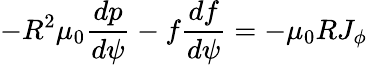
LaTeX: -R^{2}\mu_{0}\frac{dp}{d\psi}-f\frac{df}{d\psi}=-\mu_{0}RJ_{\phi}